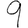
Digit: 9